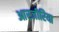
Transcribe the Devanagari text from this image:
आरजीरिया